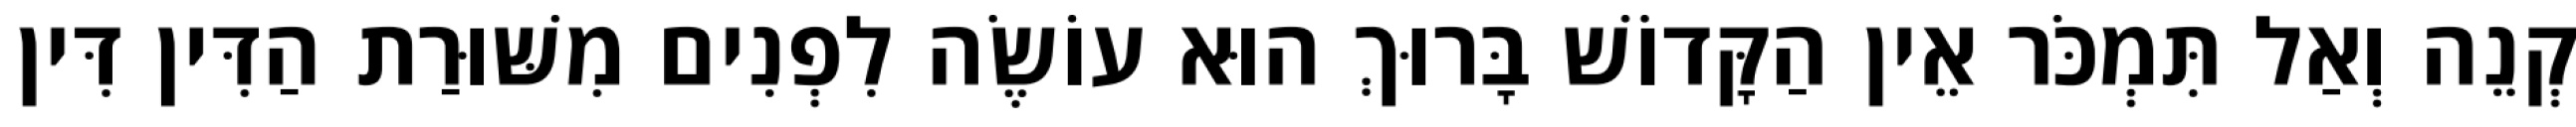
קְנֵה וְאַל תִּמְכֹּר אֵין הַקָּדוֹשׁ בָּרוּךְ הוּא עוֹשֶׂה לִפְנִים מִשּׁוּרַת הַדִּין דִּין